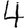
Digit: 4